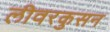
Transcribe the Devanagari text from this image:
लीवरकुसन